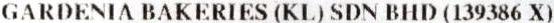
GARDENIA BAKERIES (KL) SDN BHD (139386 X)